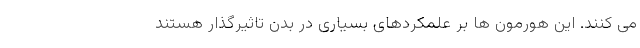
می کنند. این هورمون ها بر علمکردهای بسیاری در بدن تاثیرگذار هستند